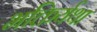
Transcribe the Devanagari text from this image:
भक्तिर्यथा